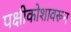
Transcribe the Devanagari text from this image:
पक्षीकोशावरून